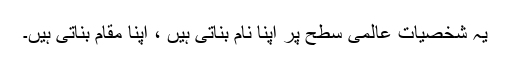
یہ شخصیات عالمی سطح پر اپنا نام بناتی ہیں ، اپنا مقام بناتی ہیں۔